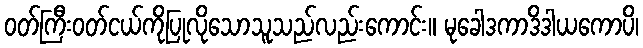
ဝတ်ကြီးဝတ်ငယ်ကိုပြုလိုသောသူသည်လည်းကောင်း။ မုခေါဒကာဒိဒါယကောပိ၊